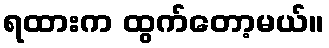
ရထားက ထွက်တော့မယ်။